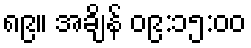
၈၉။ အချိန် ၀၉:၁၅:၀၀